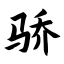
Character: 骄